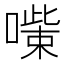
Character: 𠾋